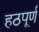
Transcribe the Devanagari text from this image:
हठपूर्ण